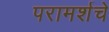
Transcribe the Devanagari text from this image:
परामर्शचे